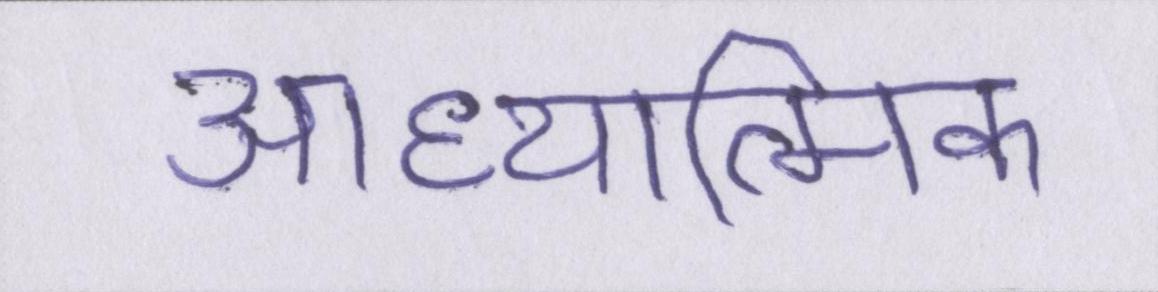
आध्यात्मिक